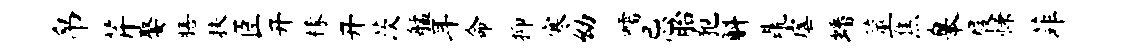
帛芹娶膳扶臣开椽开茨艋耳命抑寒幼嚅忌胎犯斛鼎虐蟠筮焦皋屐慊菲